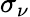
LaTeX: \sigma_{\nu}